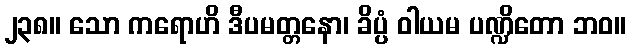
၂၃၈။ သော ကရောဟိ ဒီပမတ္တနော၊ ခိပ္ပံ ဝါယမ ပဏ္ဍိတော ဘဝ။